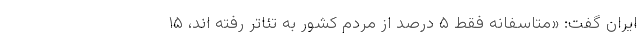
ایران گفت: «متاسفانه فقط ۵ درصد از مردم کشور به تئاتر رفته اند، ۱۵